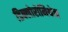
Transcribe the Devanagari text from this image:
डिक्लोरोमिथेन